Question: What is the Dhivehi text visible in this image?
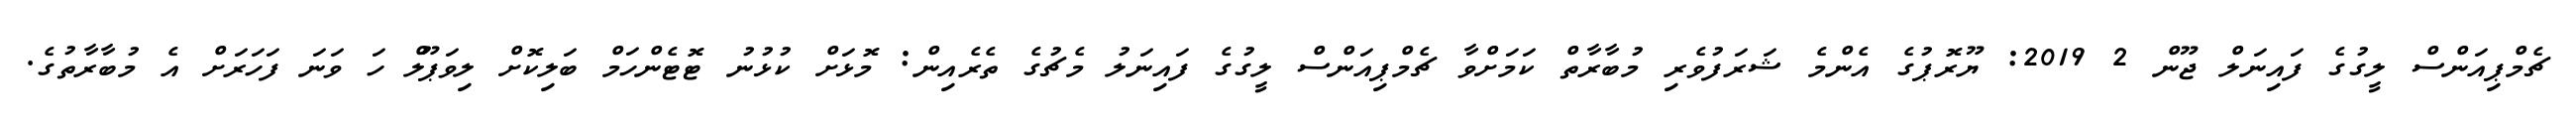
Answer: ޗެމްޕިއަންސް ލީގުގެ ފައިނަލް ޖޫން 2 2019: ޔޫރޮޕުގެ އެންމެ ޝަރަފުވެރި މުބާރާތް ކަމަށްވާ ޗެމްޕިއަންސް ލީގުގެ ފައިނަލު މެޗުގެ ތެރެއިން: މޮޅަށް ކުޅުނު ޓޮޓެންހަމް ބަލިކޮށް ލިވަޕޫލް ހަ ވަނަ ފަހަރަށް އެ މުބާރާތުގެ.